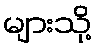
များသို့